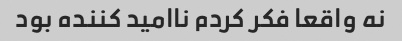
نه واقعا فکر کردم ناامید کننده بود